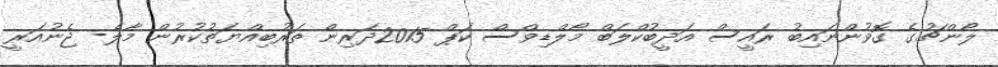
ލޯންޗުގެ ގޮވުންނައިބު ރައީސް އަދީބުކްލަބް މޯލްޑިވްސް ކަޕް 2015ދަރިން ތަރުބިއްޔަތުކުރުން މާލެ- ޖެނުއަރީ